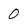
Character: 0